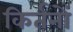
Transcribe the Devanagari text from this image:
किर्तनों